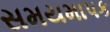
સમયમાપક